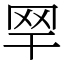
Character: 䍑